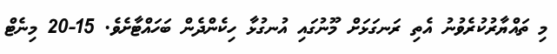
މި ތައްޔާރުކުރެވުނު އެތި ރަނގަޅަށް މޫނުގައި އުނގުޅާ ހިކެންދެން ބަހައްޓާށެވެ. 15-20 މިނެޓް